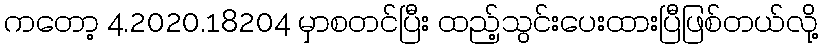
ကတော့ 4.2020.18204 မှာစတင်ပြီး ထည့်သွင်းပေးထားပြီဖြစ်တယ်လို့